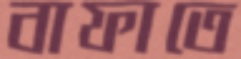
বাফাতে